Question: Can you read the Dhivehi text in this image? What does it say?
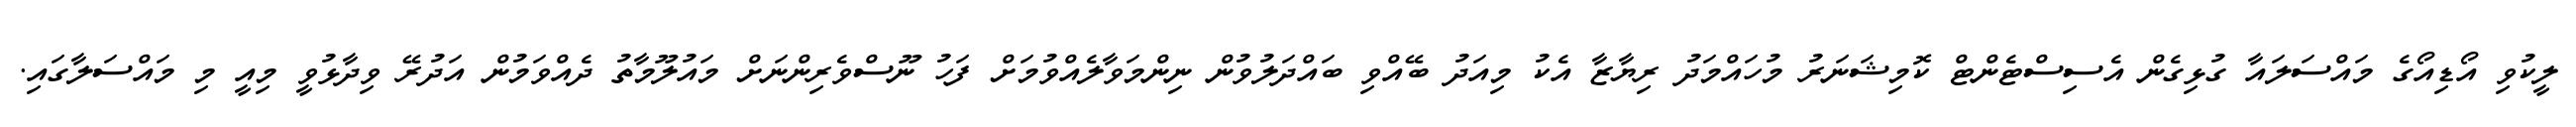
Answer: ލީކުވި އޯޑިއޯގެ މައްސަލައާ ގުޅިގެން އެސިސްޓެންޓް ކޮމިޝަނަރު މުހައްމަދު ރިޔާޒާ އެކު މިއަދު ބޭއްވި ބައްދަލުވުން ނިންމަވާލެއްވުމަށް ފަހު ނޫސްވެރިންނަށް މައުލޫމާތު ދެއްވަމުން އަދުރޭ ވިދާޅުވީ މިއީ މި މައްސަލާގައި.